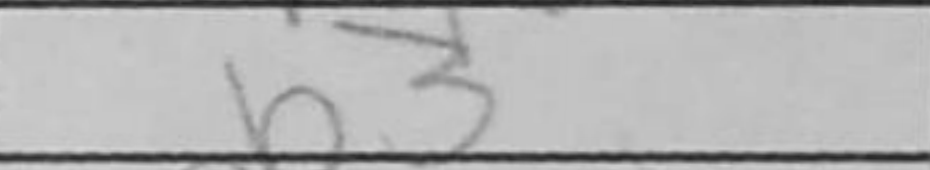
Transcription: b3